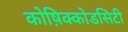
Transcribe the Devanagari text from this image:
कोष़िक्कोडसिटी